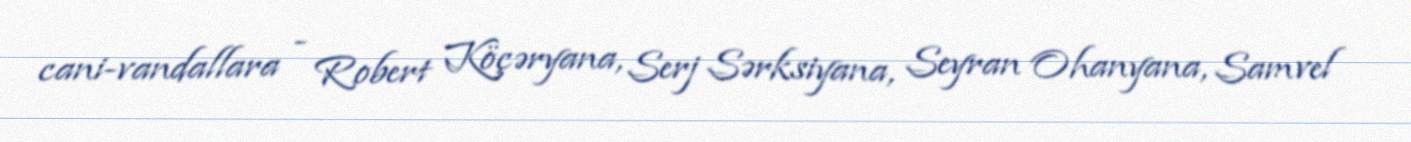
cani-vandallara - Robert Köçəryana, Serj Sərksiyana, Seyran Ohanyana, Samvel